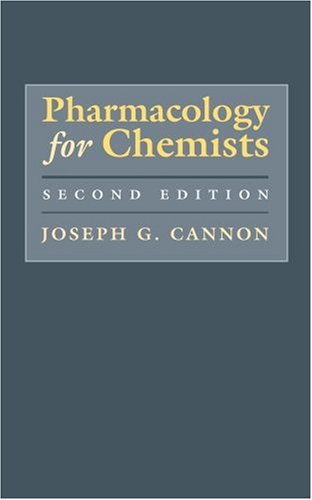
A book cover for Pharmacology for Chemists; Joseph G. Cannon; Medical Books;